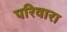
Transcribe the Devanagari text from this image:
परिवारा